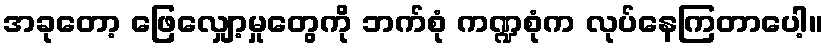
အခုတော့ ဖြေလျှော့မှုတွေကို ဘက်စုံ ကဏ္ဍစုံက လုပ်နေကြတာပေါ့။